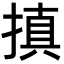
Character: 搷